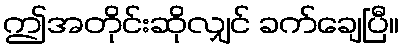
ဤအတိုင်းဆိုလျှင် ခက်ချေပြီ။